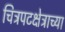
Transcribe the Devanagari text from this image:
चित्रपटक्षेत्राच्या